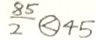
\frac { 8 5 } { 2 } \textcircled { < } 4 5